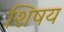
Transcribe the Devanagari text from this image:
शिषय